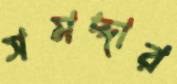
সমদ্দার